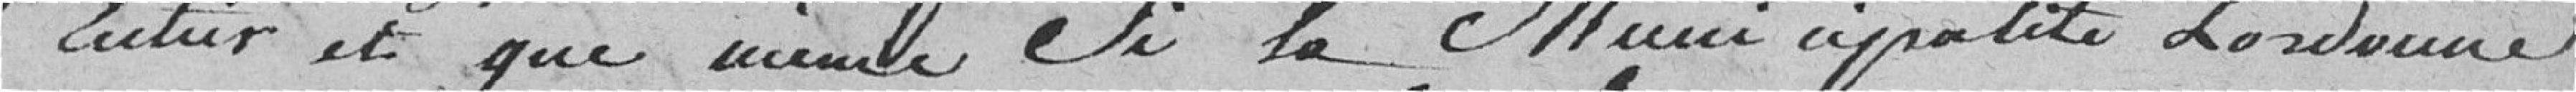
Entier et que même Si la Municipalité La retourne